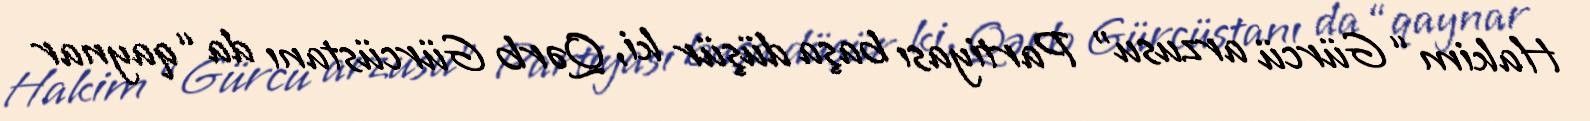
Hakim “Gürcü arzusu” Partiyası başa düşür ki, Qərb Gürcüstanı da “qaynar